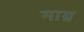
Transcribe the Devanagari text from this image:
माग्र